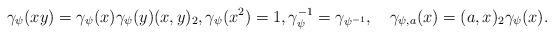
LaTeX: \begin{align*}\gamma_{\psi}(xy)=\gamma_{\psi}(x)\gamma_{\psi}(y)(x,y)_2 ,\gamma_{\psi}(x^2)=1,\gamma_{\psi}^{-1}=\gamma_{\psi^{-1}},\quad\gamma_{\psi,a}(x)=(a,x)_2\gamma_{\psi}(x).\end{align*}